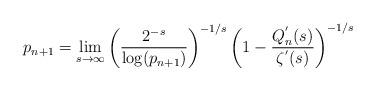
LaTeX: \begin{align*}p_{n+1}=\lim_{s\to\infty} \left(\frac{2^{-s}}{\log(p_{n+1})}\right)^{-1/s}\left(1-\frac{Q_{n}^{'}(s)}{\zeta^{'}(s)}\right)^{-1/s}\end{align*}